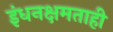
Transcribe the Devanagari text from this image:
इंधनक्षमताही